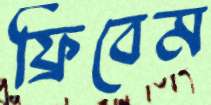
ফ্রিবেম